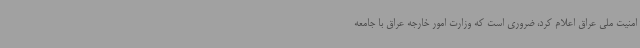
امنیت ملی عراق اعلام کرد، ضروری است که وزارت امور خارجه عراق با جامعه